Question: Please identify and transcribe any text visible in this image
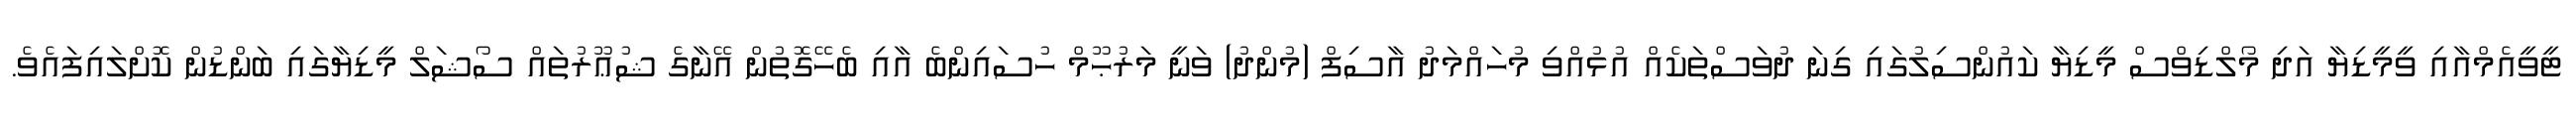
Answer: ޓީވީއެމްއާއި ވީމީޑިޔާ އަދި މޯލްޑިވްސް މީޑިޔާ ކައުންސިލުގައި ގިނަ ދުވަސްތަކެއް އުޅުއްވި މުހައްމަދު އާސިފް (މުންދު) ވަނީ މަރުޙޫމް ހުސައިންބެ އާއި ބެހޭގޮތުން އޭނާގެ ޝުޢޫރުތައް ސޯޝަލް މީޑިޔާގައި ބަންޑުން ކޮށްލައިފައެވެ.